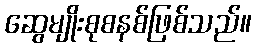
ဆွေမျိုးစုစနစ်ဖြစ်သည်။